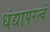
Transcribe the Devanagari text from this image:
धंद्यापरत्वें